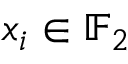
x _ { i } \in \mathbb { F } _ { 2 }